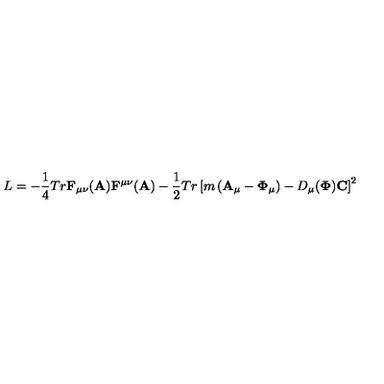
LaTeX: L = - { \frac { 1 } { 4 } } T r { \bf F } _ { \mu \nu } ( { \bf A } ) { \bf F } ^ { \mu \nu } ( { \bf A } ) - { \frac { 1 } { 2 } } T r \left[ m \left( { \bf A } _ { \mu } - { \bf \Phi } _ { \mu } \right) - D _ { \mu } ( { \bf \Phi } ) { \bf C } \right] ^ { 2 }